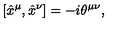
[ \hat { x } ^ { \mu } , \hat { x } ^ { \nu } ] = - i \theta ^ { \mu \nu } ,